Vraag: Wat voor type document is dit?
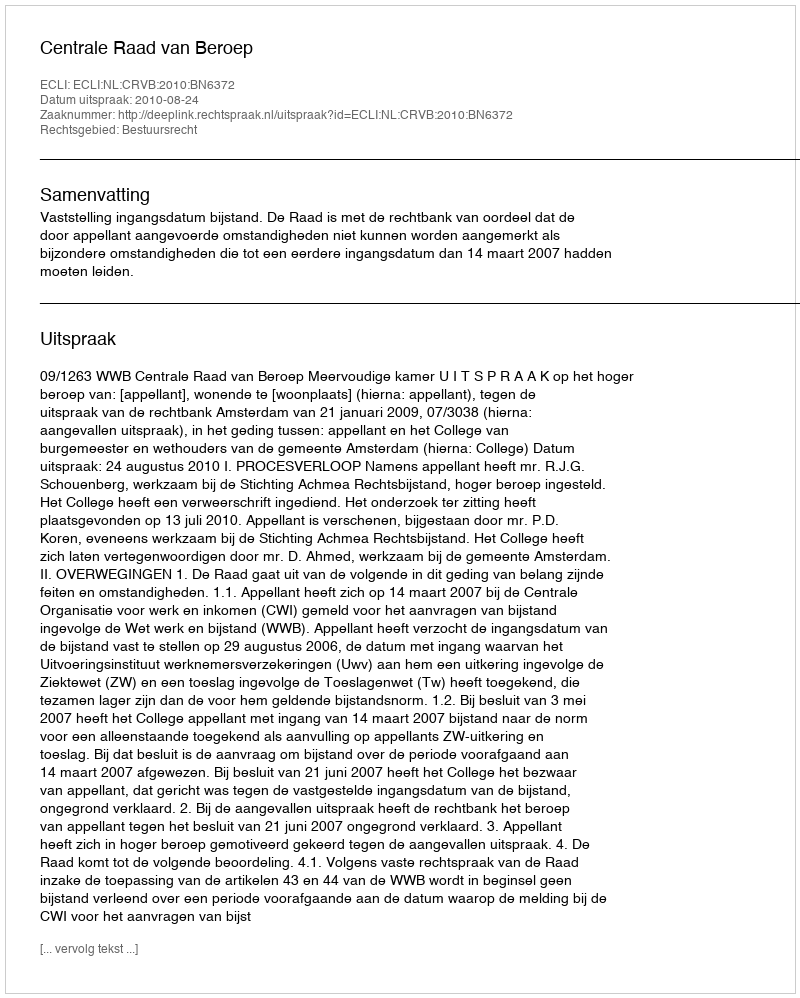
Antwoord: Uitspraak